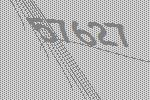
57627